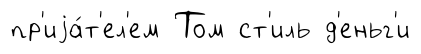
пр'иjа́т'ел'ем Том ст'иль д'еньг'и